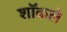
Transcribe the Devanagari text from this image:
शॉकले